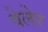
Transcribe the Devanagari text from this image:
वेलेर